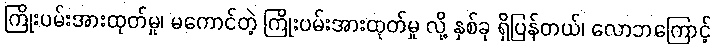
ကြိုးပမ်းအားထုတ်မှု၊ မကောင်တဲ့ ကြိုးပမ်းအားထုတ်မှု လို့ နှစ်ခု ရှိပြန်တယ်၊ လောဘကြောင့်